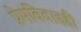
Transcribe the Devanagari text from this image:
प्रेमविवाहही